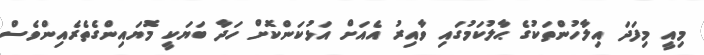
މިއީ މިފަދަ އިލާހުންތަކުގެ ޙާލުކަމުގައި ވާއިރު އެއަށް އަޅުކަންކޮށް ހަދާ ބަޔަކީ މޮޔައިންގެތެރެއިންވެސް